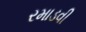
રમાડવી